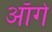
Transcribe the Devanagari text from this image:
आँगे